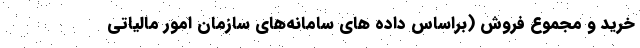
خرید و مجموع فروش (براساس داده های سامانه‌های سازمان امور مالیاتی